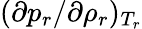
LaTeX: (\partial p_{r}/\partial\rho_{r})_{T_{r}}